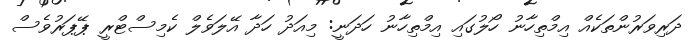
ދަރިވަރުންތަކެއް އިމްތިިހާނު ހޯލުގައި އިމްތިހާނު ހަދަނީ: މިއަދު ހަދާ އޭލަވެލް ކެމިސްޓްރީ ޕޭޕަރުވެސް